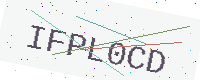
Text: IFPL0CD